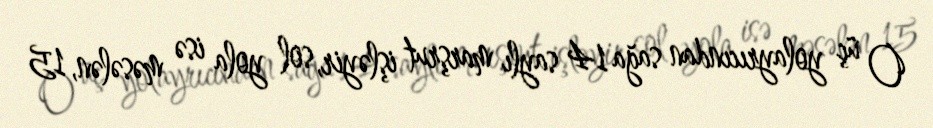
O üç yolayrıcından sağa 14 saylı marşrut işləyir, sol yola isə məsələn, 15